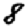
Digit: 8